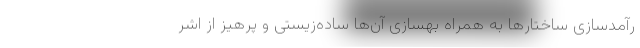
رآمدسازی ساختارها به همراه بهسازی آن‌ها ساده‌زیستی و پرهیز از اشر